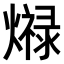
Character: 𤐠